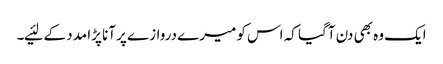
ایک وہ بھی دن آگیا کہ اس کو میرے دروازے پر آنا پڑا مدد کے لئیے۔